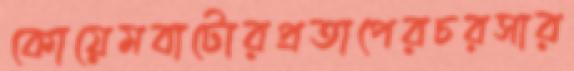
কোয়েমবাটোরপ্রতাপেরচরসার